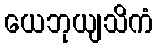
ယေဘုယျသိကံ